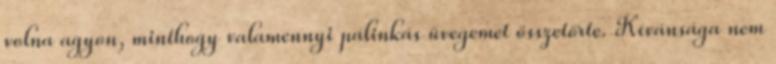
volna agyon, minthogy valamennyi pálinkás üvegemet összetörte. Kívánsága nem